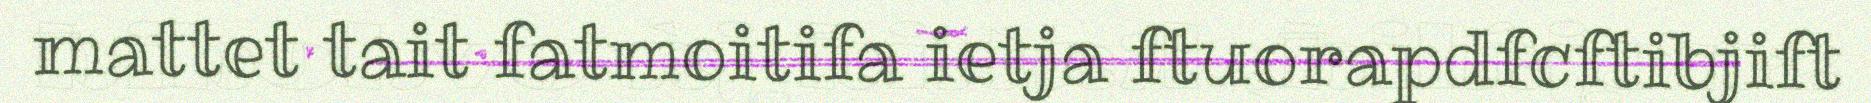
mattet tait fatmoitifa ietja ftuorapdfcftibjift